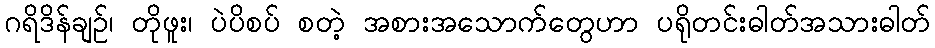
ဂရိဒိန်ချဉ်၊ တိုဖူး၊ ပဲပိစပ် စတဲ့ အစားအသောက်တွေဟာ ပရိုတင်းဓါတ်အသားဓါတ်